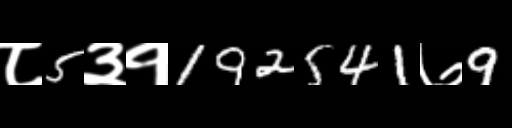
Text: ८5३१192541७9